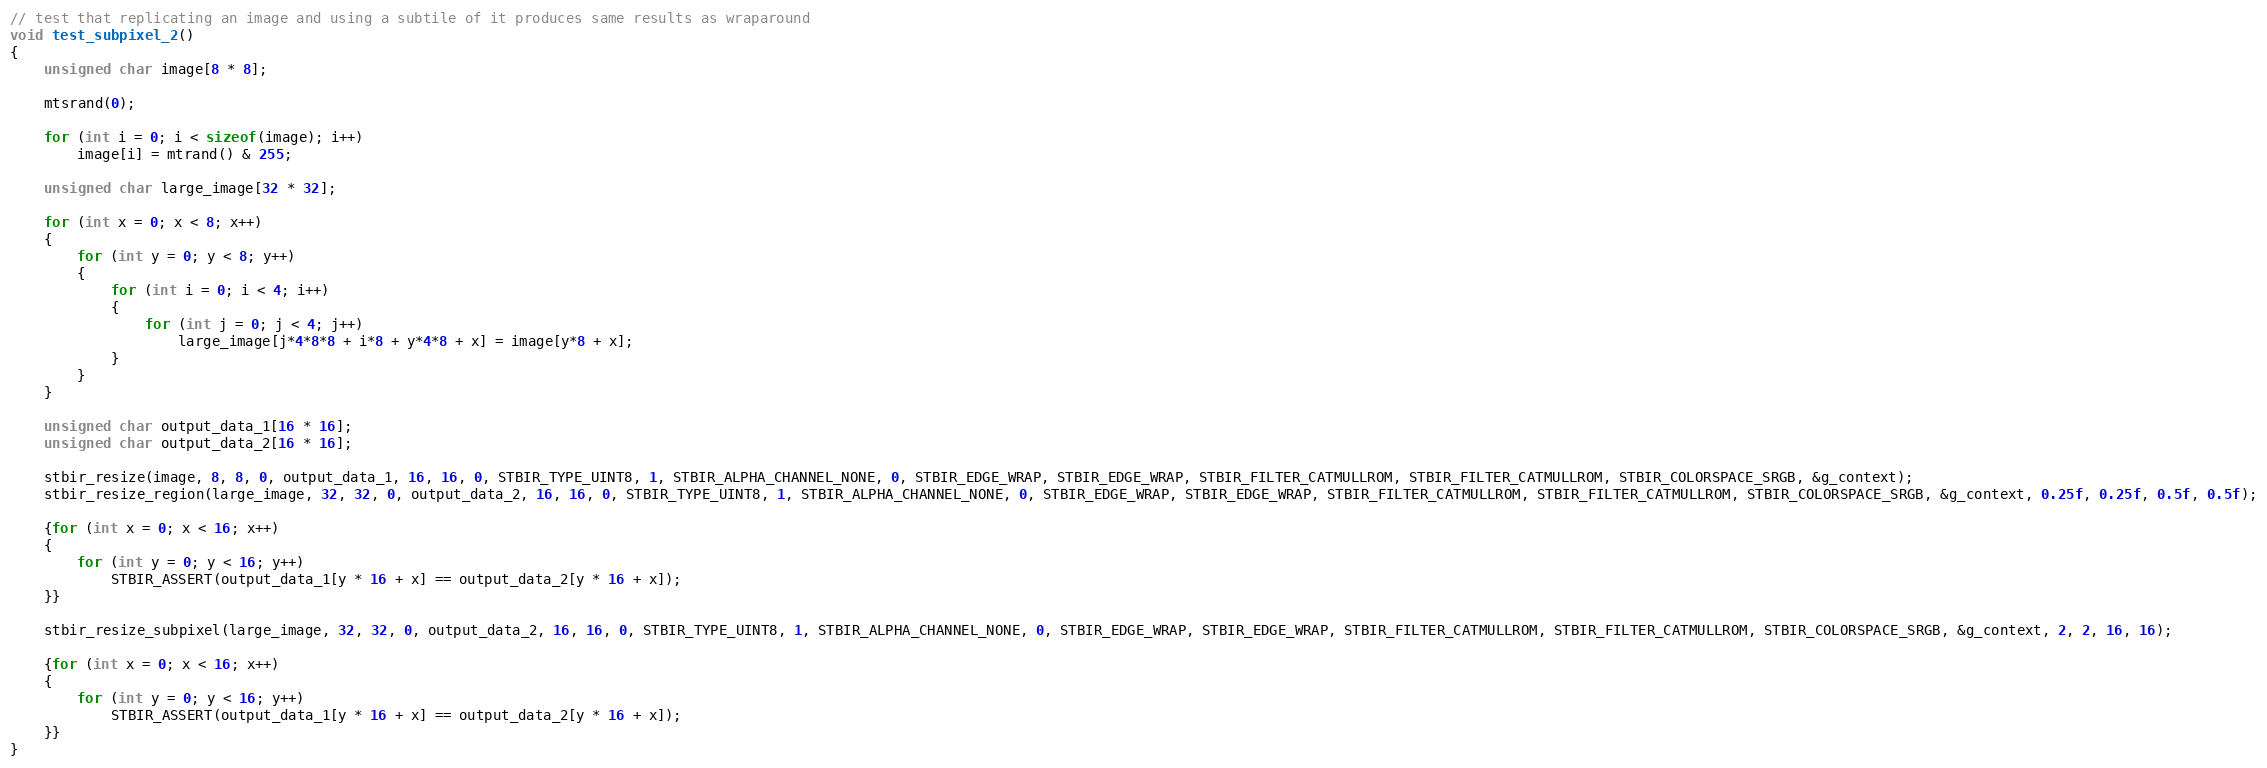
Language: C++
// test that replicating an image and using a subtile of it produces same results as wraparound
void test_subpixel_2()
{
	unsigned char image[8 * 8];

	mtsrand(0);

	for (int i = 0; i < sizeof(image); i++)
		image[i] = mtrand() & 255;

	unsigned char large_image[32 * 32];

	for (int x = 0; x < 8; x++)
	{
		for (int y = 0; y < 8; y++)
		{
			for (int i = 0; i < 4; i++)
			{
				for (int j = 0; j < 4; j++)
					large_image[j*4*8*8 + i*8 + y*4*8 + x] = image[y*8 + x];
			}
		}
	}

	unsigned char output_data_1[16 * 16];
	unsigned char output_data_2[16 * 16];

	stbir_resize(image, 8, 8, 0, output_data_1, 16, 16, 0, STBIR_TYPE_UINT8, 1, STBIR_ALPHA_CHANNEL_NONE, 0, STBIR_EDGE_WRAP, STBIR_EDGE_WRAP, STBIR_FILTER_CATMULLROM, STBIR_FILTER_CATMULLROM, STBIR_COLORSPACE_SRGB, &g_context);
	stbir_resize_region(large_image, 32, 32, 0, output_data_2, 16, 16, 0, STBIR_TYPE_UINT8, 1, STBIR_ALPHA_CHANNEL_NONE, 0, STBIR_EDGE_WRAP, STBIR_EDGE_WRAP, STBIR_FILTER_CATMULLROM, STBIR_FILTER_CATMULLROM, STBIR_COLORSPACE_SRGB, &g_context, 0.25f, 0.25f, 0.5f, 0.5f);

	{for (int x = 0; x < 16; x++)
	{
		for (int y = 0; y < 16; y++)
			STBIR_ASSERT(output_data_1[y * 16 + x] == output_data_2[y * 16 + x]);
	}}

	stbir_resize_subpixel(large_image, 32, 32, 0, output_data_2, 16, 16, 0, STBIR_TYPE_UINT8, 1, STBIR_ALPHA_CHANNEL_NONE, 0, STBIR_EDGE_WRAP, STBIR_EDGE_WRAP, STBIR_FILTER_CATMULLROM, STBIR_FILTER_CATMULLROM, STBIR_COLORSPACE_SRGB, &g_context, 2, 2, 16, 16);

	{for (int x = 0; x < 16; x++)
	{
		for (int y = 0; y < 16; y++)
			STBIR_ASSERT(output_data_1[y * 16 + x] == output_data_2[y * 16 + x]);
	}}
}